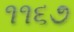
૧૧૬૭